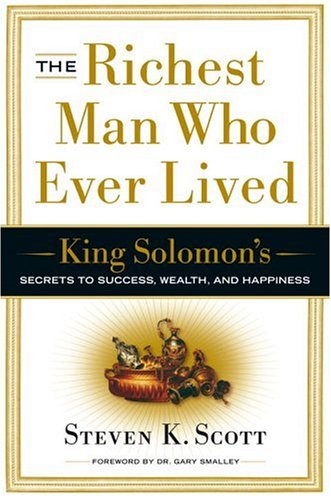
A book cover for The Richest Man Who Ever Lived: King Solomon's Secrets to Success, Wealth, and Happiness; Steven K. Scott; Self-Help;